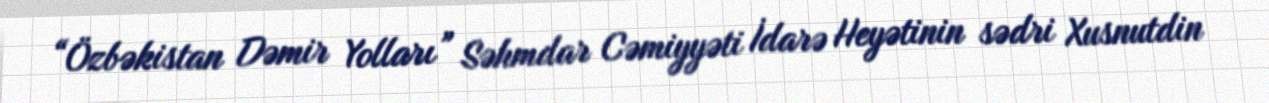
“Özbəkistan Dəmir Yolları” Səhmdar Cəmiyyəti İdarə Heyətinin sədri Xusnutdin